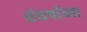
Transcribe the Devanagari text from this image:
संघर्षांच्या